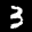
Label: 3